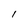
Character: I